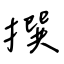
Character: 撰